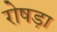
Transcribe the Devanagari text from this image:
रोषड़ा